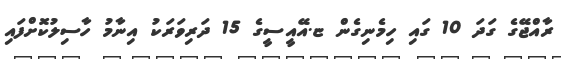
ރާއްޖޭގެ ގަދަ 10 ގައި ހިމެނިގެން ޏ.އޭއީސީގެ 15 ދަރިވަރަކު އިނާމު ހާސިލުކޮށްފައި